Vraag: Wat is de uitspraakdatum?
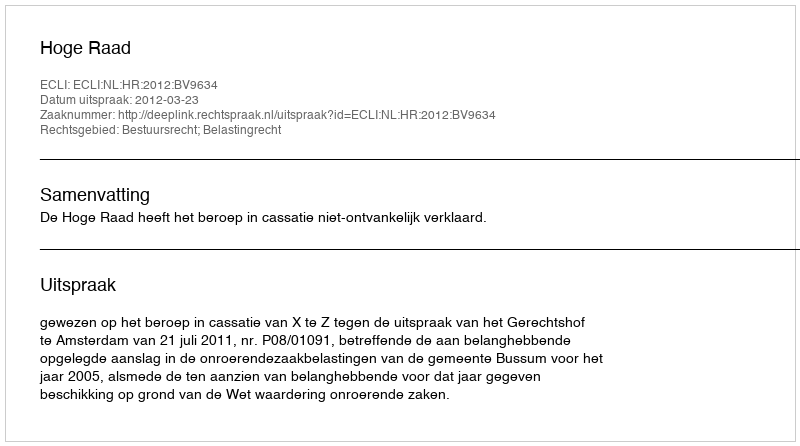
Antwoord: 2012-03-23